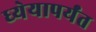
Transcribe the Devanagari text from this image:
ध्येयापर्यंत